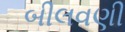
બીલવણી